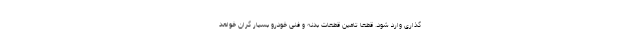
گذاری وارد شود. قطعا تامین قطعات بدنه و فنی خودرو بسیار گران خواهد